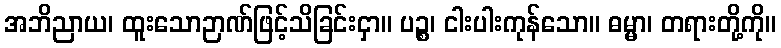
အဘိညာယ၊ ထူးသောဉာဏ်ဖြင့်သိခြင်းငှာ။ ပဉ္စ၊ ငါးပါးကုန်သော။ ဓမ္မာ၊ တရားတို့ကို။